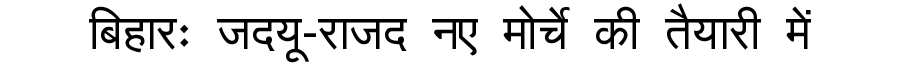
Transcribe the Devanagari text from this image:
बिहारः जदयू-राजद नए मोर्चे की तैयारी में